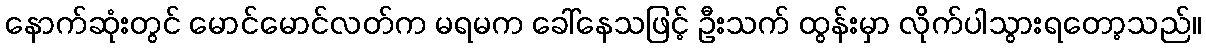
နောက်ဆုံးတွင် မောင်မောင်လတ်က မရမက ခေါ်နေသဖြင့် ဦးသက် ထွန်းမှာ လိုက်ပါသွားရတော့သည်။